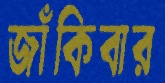
জাঁকিবার